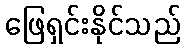
ဖြေရှင်းနိုင်သည်